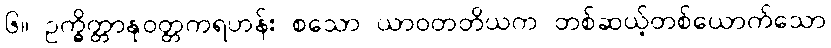
၆။ ဥက္ခိတ္တာနုဝတ္တကရဟန်း စသော ယာဝတတိယက တစ်ဆယ့်တစ်ယောက်သော